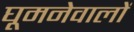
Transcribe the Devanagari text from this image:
घूमनेवालों